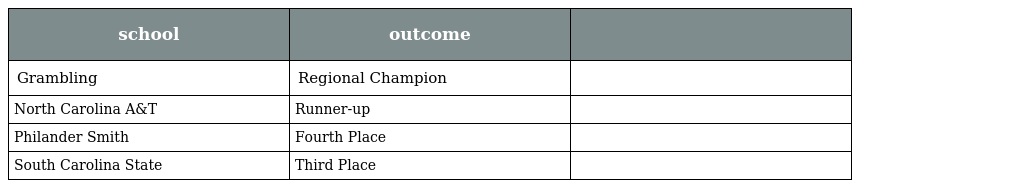
| school | outcome |  |
 | --- | --- | --- |
 | Grambling | Regional Champion |  |
 | North Carolina A&T | Runner-up |  |
 | Philander Smith | Fourth Place |  |
 | South Carolina State | Third Place |  |